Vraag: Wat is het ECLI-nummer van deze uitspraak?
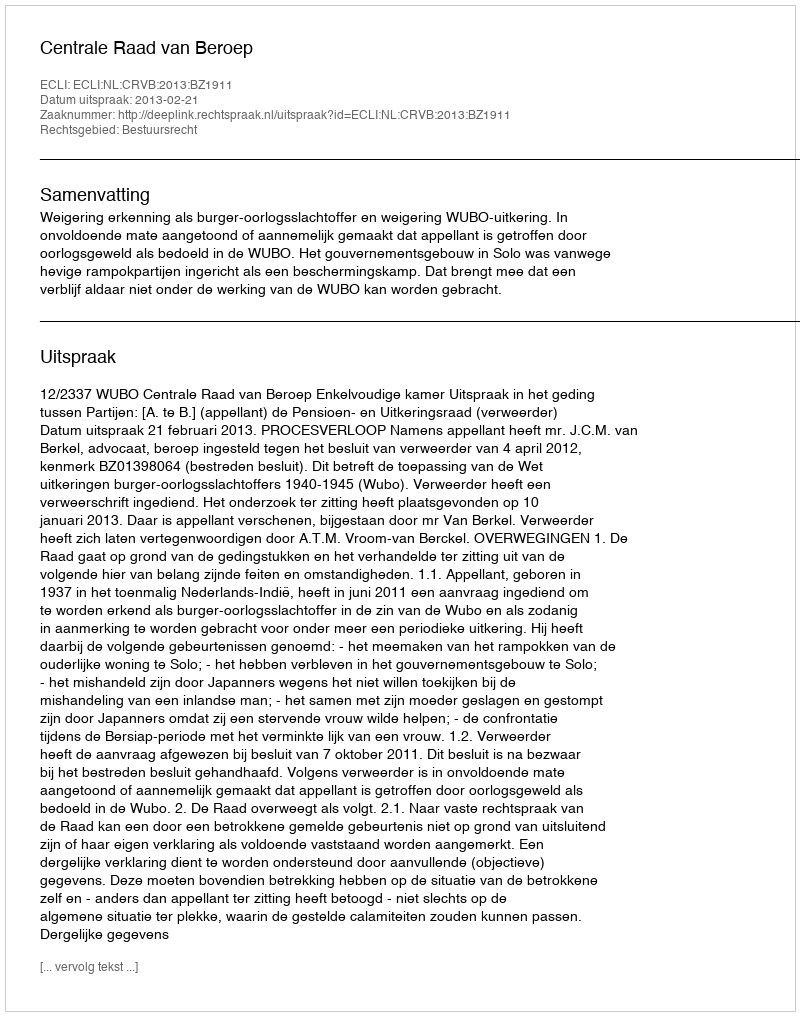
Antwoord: ECLI:NL:CRVB:2013:BZ1911